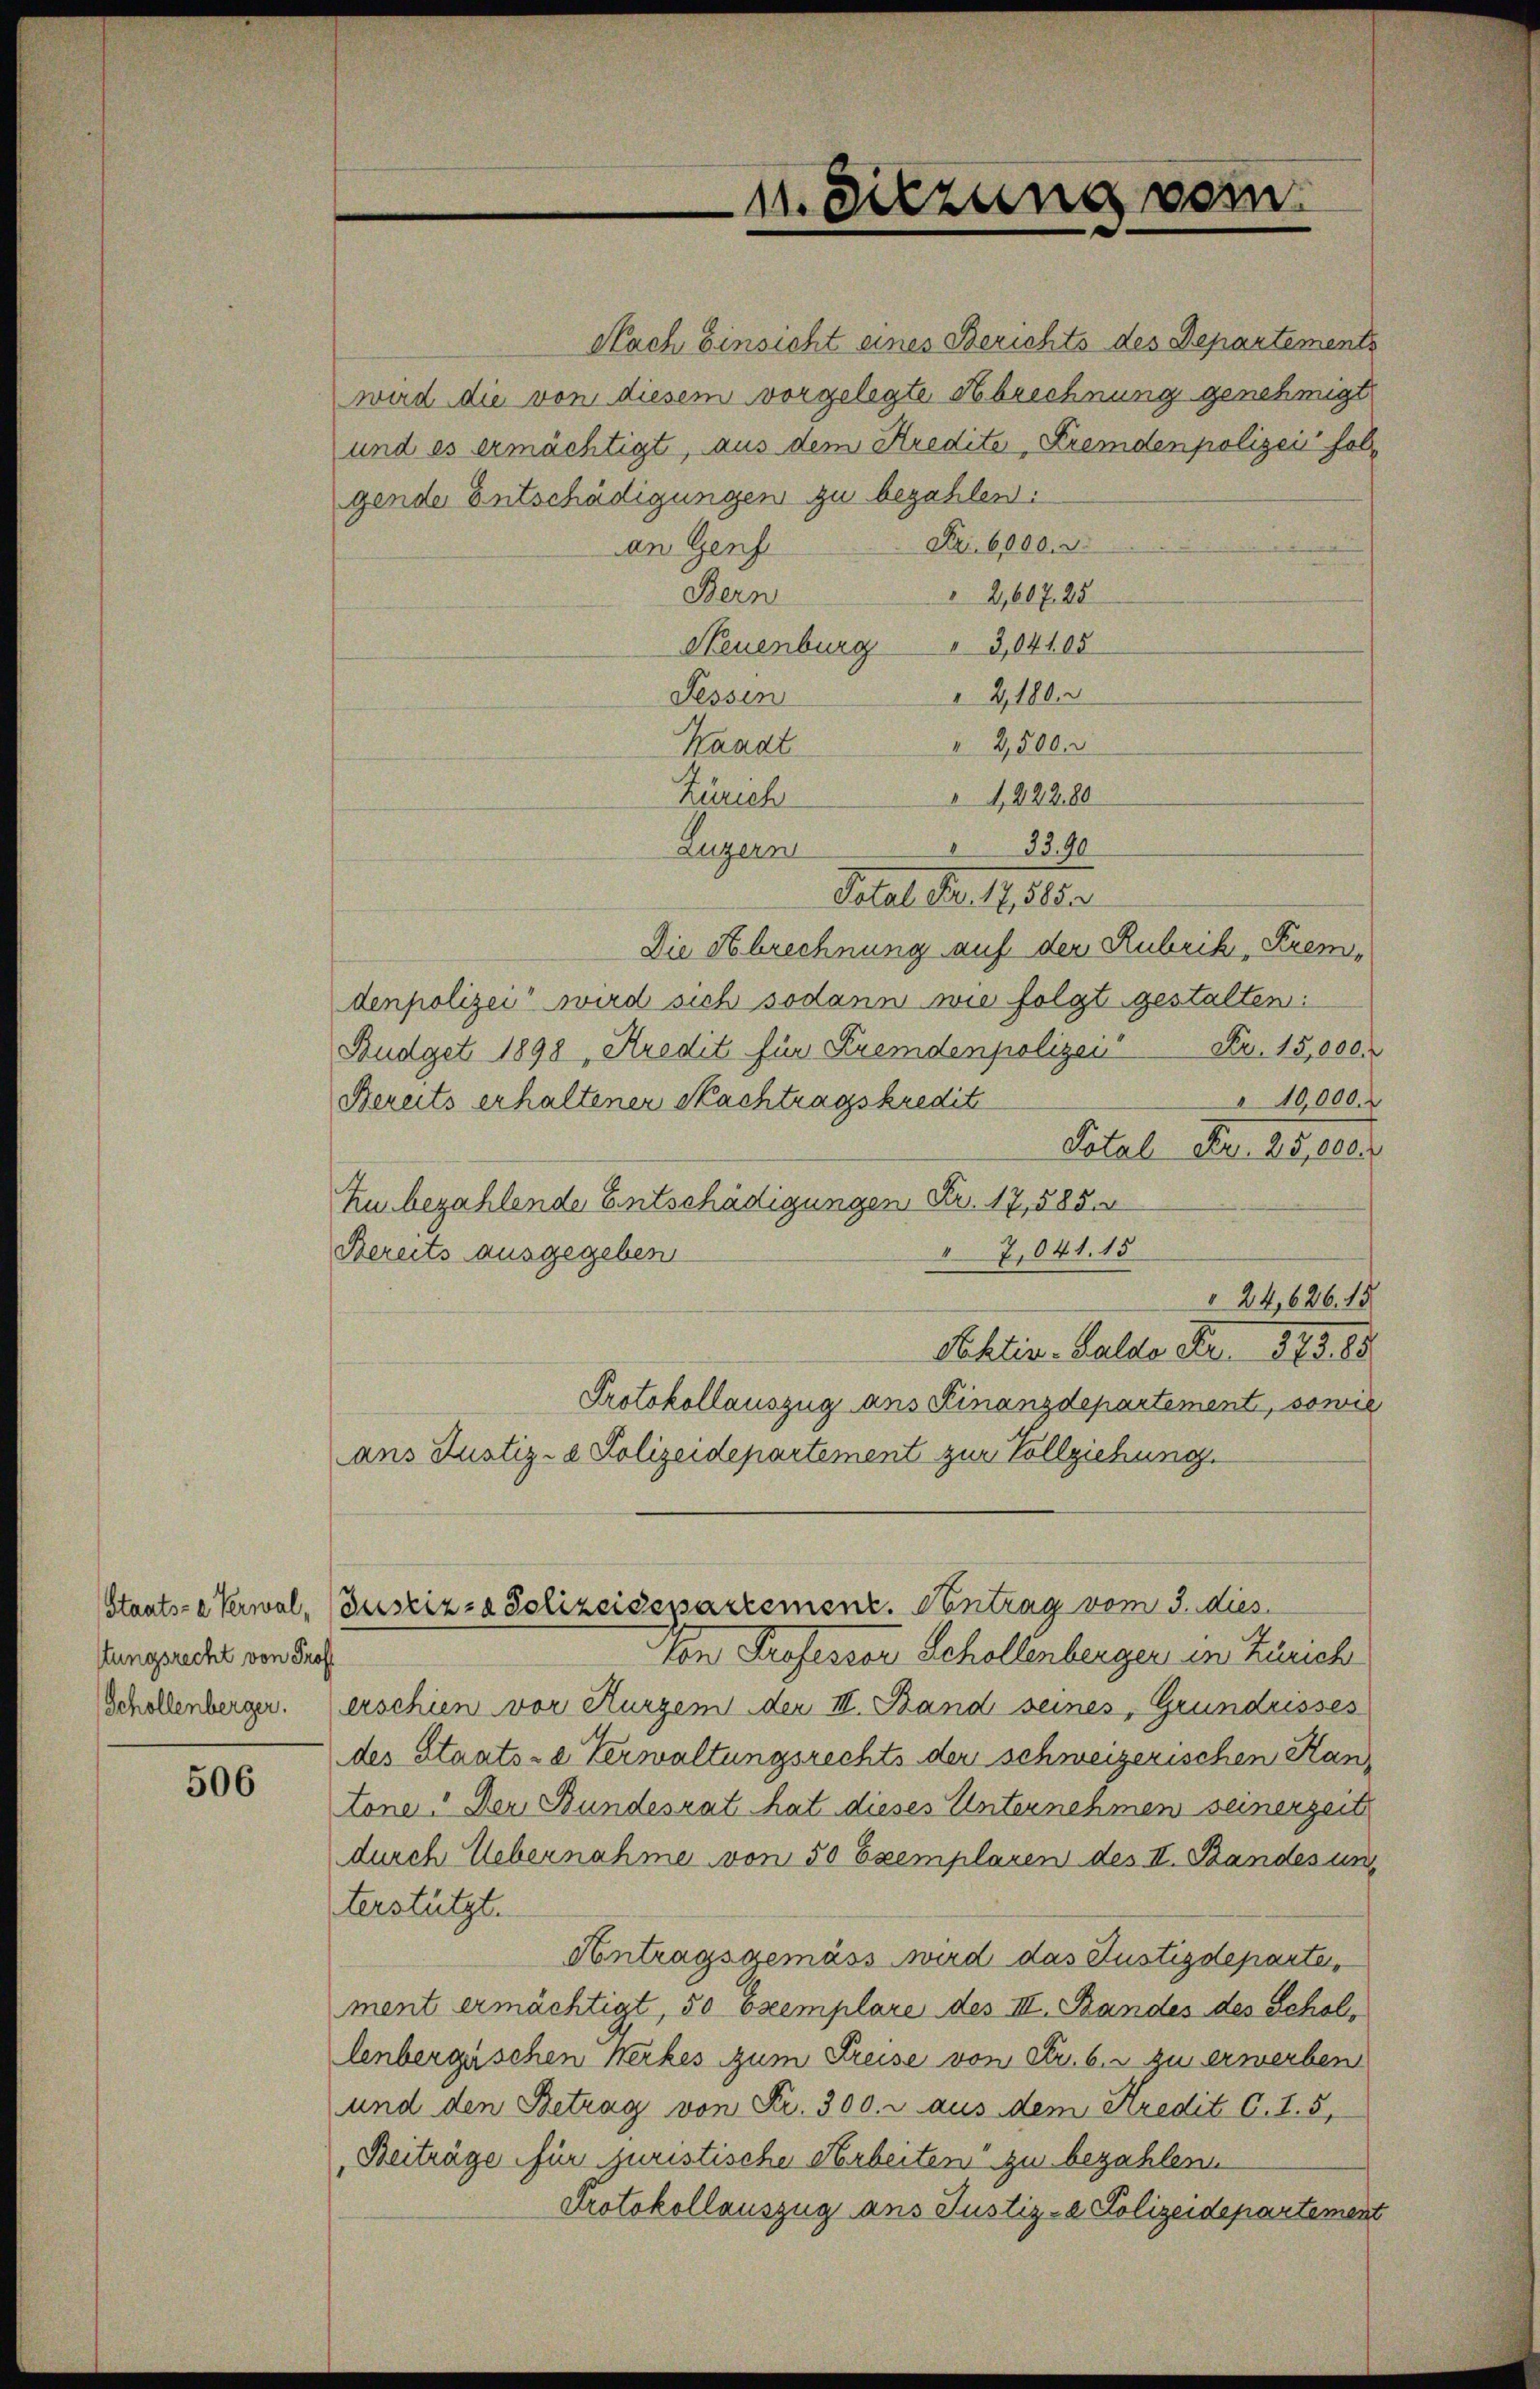
stungsrecht von Prof.

506

Nach Einsicht eines Berichts des Departemente
wird die von diesem vorgelegte Abrechnung genehmigt
und es ermächtigt, aus dem Kredite Fremdenpolizei folgende Entschädigungen zu bezahlen:
Nr. 6000.
an Genf
Bern
2,60725
Neuenburg " 3,04105
2100.
Fessen
2,500
Kaadt
Zürich
4,22280
8
33.90
Luzern
Total Fr. 17,585.
Die Abrechnung auf der Rubrik, Fremdenpolizei wird sich sodann wie folgt gestalten:
Budget 1898 Kredit für Fremdenpolizei Fr. 15,000
10,000
Bereits erhaltener Machtragskrediti
Total Fr. 85,000
Zu bezahlende Entschädigungen Fr. 17,585.
7,041. 15
Bereits ausgegeben
24,626. 18
Sektiv-Saldo Fr. 173. 85
Protokollauszug aus Finanzdepartement, sowie
ans Justiz- & Polizeidepartement zur Vollziehung.
Staats-Verwal, (Justiz- & Polizeidepartement. Vontrag vom 3. dies
Von Professor Schollenberger in Zürich
Schollenberger. (erschien vor Kurzem der III. Band seines, Grundrisses
des Staats-e Verwaltungsrechts der schweizerischen Hantone: Der Bundesrat hat dieses Unternehmen seinerzeit
durch Uebernahme von 50 Exemplaren des II. Standes un
terstützt.
Antragsgemäss wird das Justizdeparten
ment ermächtigt, 50 Exemplare des III. Bandes des Schollenbergischen Werkes zum Freise von Fr. 6. zu erwerben
und den Betrag von Fr. 300. r aus dem Kredit C. S. 5,
Beiträge für juristische Arbeiten zu bezahlen
Protokollauszug aus Justiz-a Polizeidepartement

n. Sitzung vom